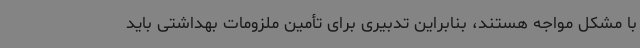
با مشکل مواجه هستند، بنابراین تدبیری برای تأمین ملزومات بهداشتی باید